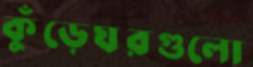
কুঁড়েঘরগুলো